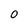
Character: 0